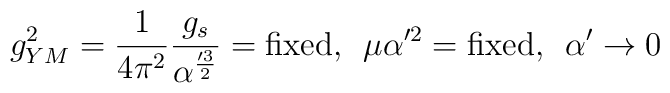
g_{YM}^2 = {1 \over 4 \pi^2} {g_s \over \alpha'^{3 \over 2}} = \mbox{fixed},\hspace{2mm} \mu \alpha'^2 = \mbox{fixed}, \hspace{2mm} \alpha' \to 0